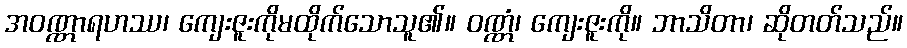
အဝဏ္ဏာရဟဿ၊ ကျေးဇူးကိုမထိုက်သောသူ၏။ ဝဏ္ဏံ၊ ကျေးဇူးကို။ ဘာသိတာ၊ ဆိုတတ်သည်။